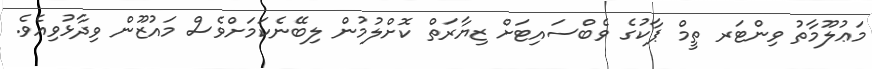
މަޢުލޫމާތު ވިންޓަރ ތީމް ޕާކުގެ ވެބްސައިޓަށް ޒިޔާރަތް ކޮށްލުމުން ލިބޭނެކަމަށްވެސް މައުޒޫން ވިދާޅުވިއެވެ.